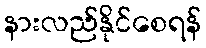
နားလည်နိုင်စေရန်